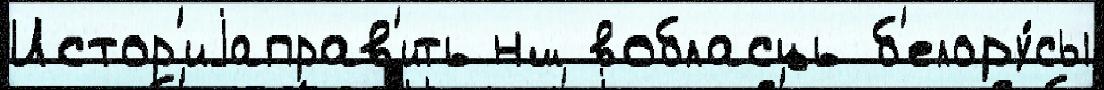
Истор'иjаправ'ить нш вобласць б'елору́сы